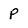
Character: P